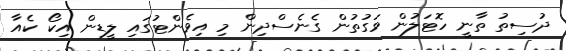
ދުސިތު ތާނީ ހޮޓަލުން ވަގުތުން ގެނެސްދިން މި އިވެންޓުގައި ލީޑިން އިކޯ ކެއާ